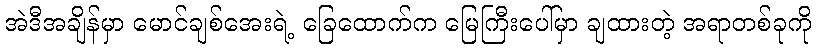
အဲဒီအချိန်မှာ မောင်ချစ်အေးရဲ့ ခြေထောက်က မြေကြီးပေါ်မှာ ချထားတဲ့ အရာတစ်ခုကို